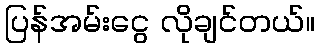
ပြန်အမ်းငွေ လိုချင်တယ်။